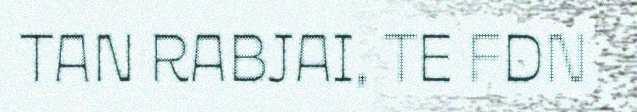
TAN RABJAI, TE FDN